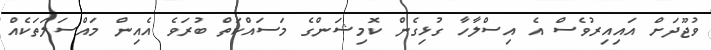
ވުޖޫދަށް އައިއިރުވެސް އެ އިސްލާހާ ގުޅިގެން ކޮމިޝަންގެ މަސައްކަތް ބުރަވެ އެއިން މައްސަލަތަކެއް